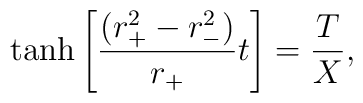
\tanh \left[ {(r_+^2 - r_-^2) \over r_+} t \right] = {T \over X},